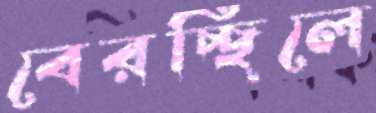
বেরচ্ছিলে